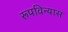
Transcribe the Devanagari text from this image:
रूपविन्यास